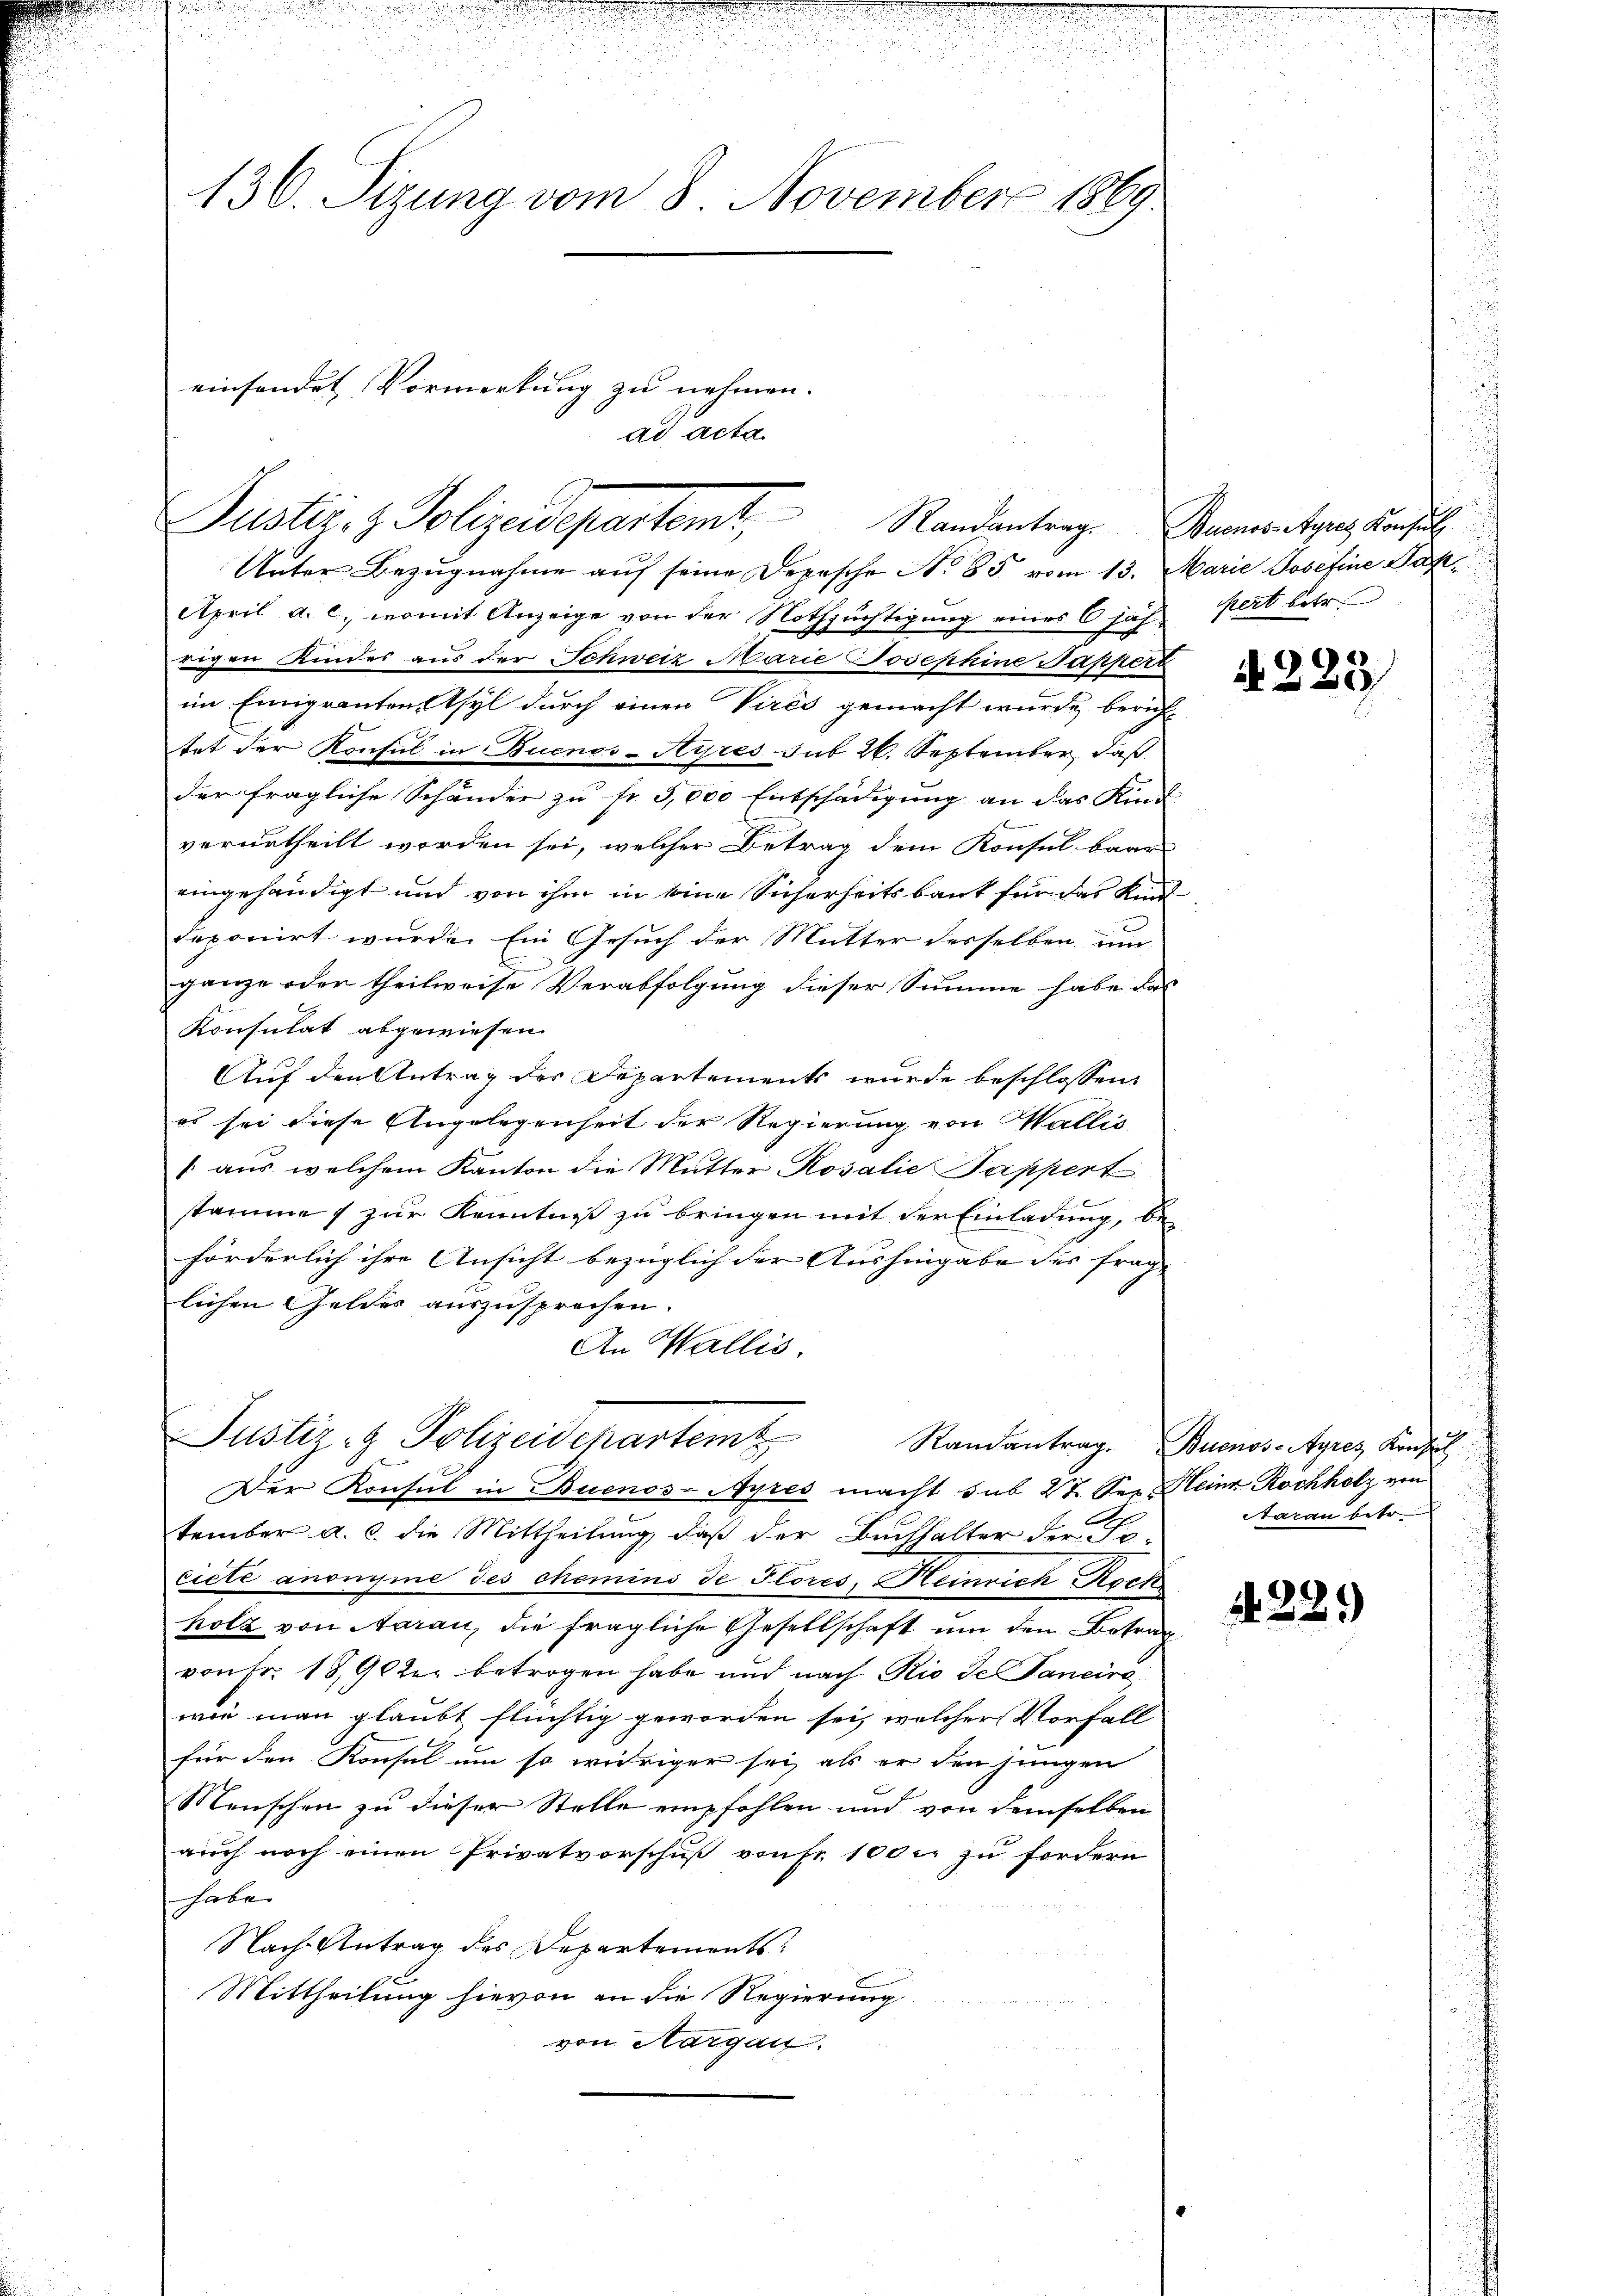
u

u

n

136. Sizung vom 8. November 1869

einsendet Vormerkung zu nehmen.
Justiz- & Polizeidepartemt, Randantrag. Rumentares Konsul

ad acta

Unter Bezugnahme auf seine Depesche No 85 vom 13. Marie Josefine Jah¬
April a. c. womit Anzeige von der Nothsüchtigung eines 6 jäh pert betr.
rigen Kindes aus der Schweiz Marie Josephine Sappert
im Einigrantenstsyl durch einen Vires gemacht wurde, beruh
tet der Konsul in Buenos-Ayres sub 26. September, daß
der fragliche Schänder zu fr. 3,000 Entschädigung an das Kind
verurtheilt worden sei, welcher Betrag dem Konsul baar
eingehändigt und von ihm in seine Sicherheitsbank für das Kin
deponirt wurde. Ein Gesuch der Mutter desselben um
.
ganze oder theilweise Verabfolgung dieser Summe habe das
Konsulat abgewiesen.
Auf den Antrag der Departements wurde beschlossen
es sei diese Angelegenheit der Regierung von Wallis
[aus, welchem Kanton die Mutter Rosalie Tappert
stamme 1 zur Kenntniß zu bringen mit der Einladung, be-
förderlich ihre Ansicht bezüglich der Aushingabe des frag- |
lichen Geldes auszusprechen.
An Wallis.
Justiz- Polizeidepartem Randantrag. Buenos-Ayres Konsul
x
Der Konsul in Buenos-Ayres macht sub 28. Sei Heinr. Rochholz von
tember a. c. die Mittheilung, daß der Buchhalter der Po-
ciété anonyme des chemins de Flores, Heinrich Rock
holz von Aarau, die fragliche Gesellschaft um den Betrag
von Fr. 18,902er betrogen habe und nach Rio de Sancira
wie man glaubt flüchtig geworden sei, welcher Vorfall
für den Konsul um so wieriger sei, als er den jungen
Menschen zu dieser Stelle empfohlen und von demselben
auch noch einen Privatvorschuß vonf. 100 r. zu fordern
habe.
Nach Antrag des Departements
Mittheilung hievon an die Regierung
von Aargau.

4223

taran betr

4. 22.